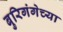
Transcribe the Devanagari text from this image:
बुरिगंगेच्या